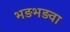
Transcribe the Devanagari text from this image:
भड़भड़वा